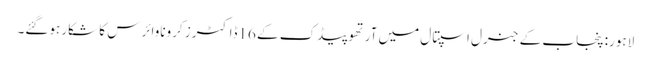
لاہور: پنجاب کے جنرل اسپتال میں آرتھوپیڈک کے 16ڈاکٹرز کروناوائرس کا شکار ہوگئے۔